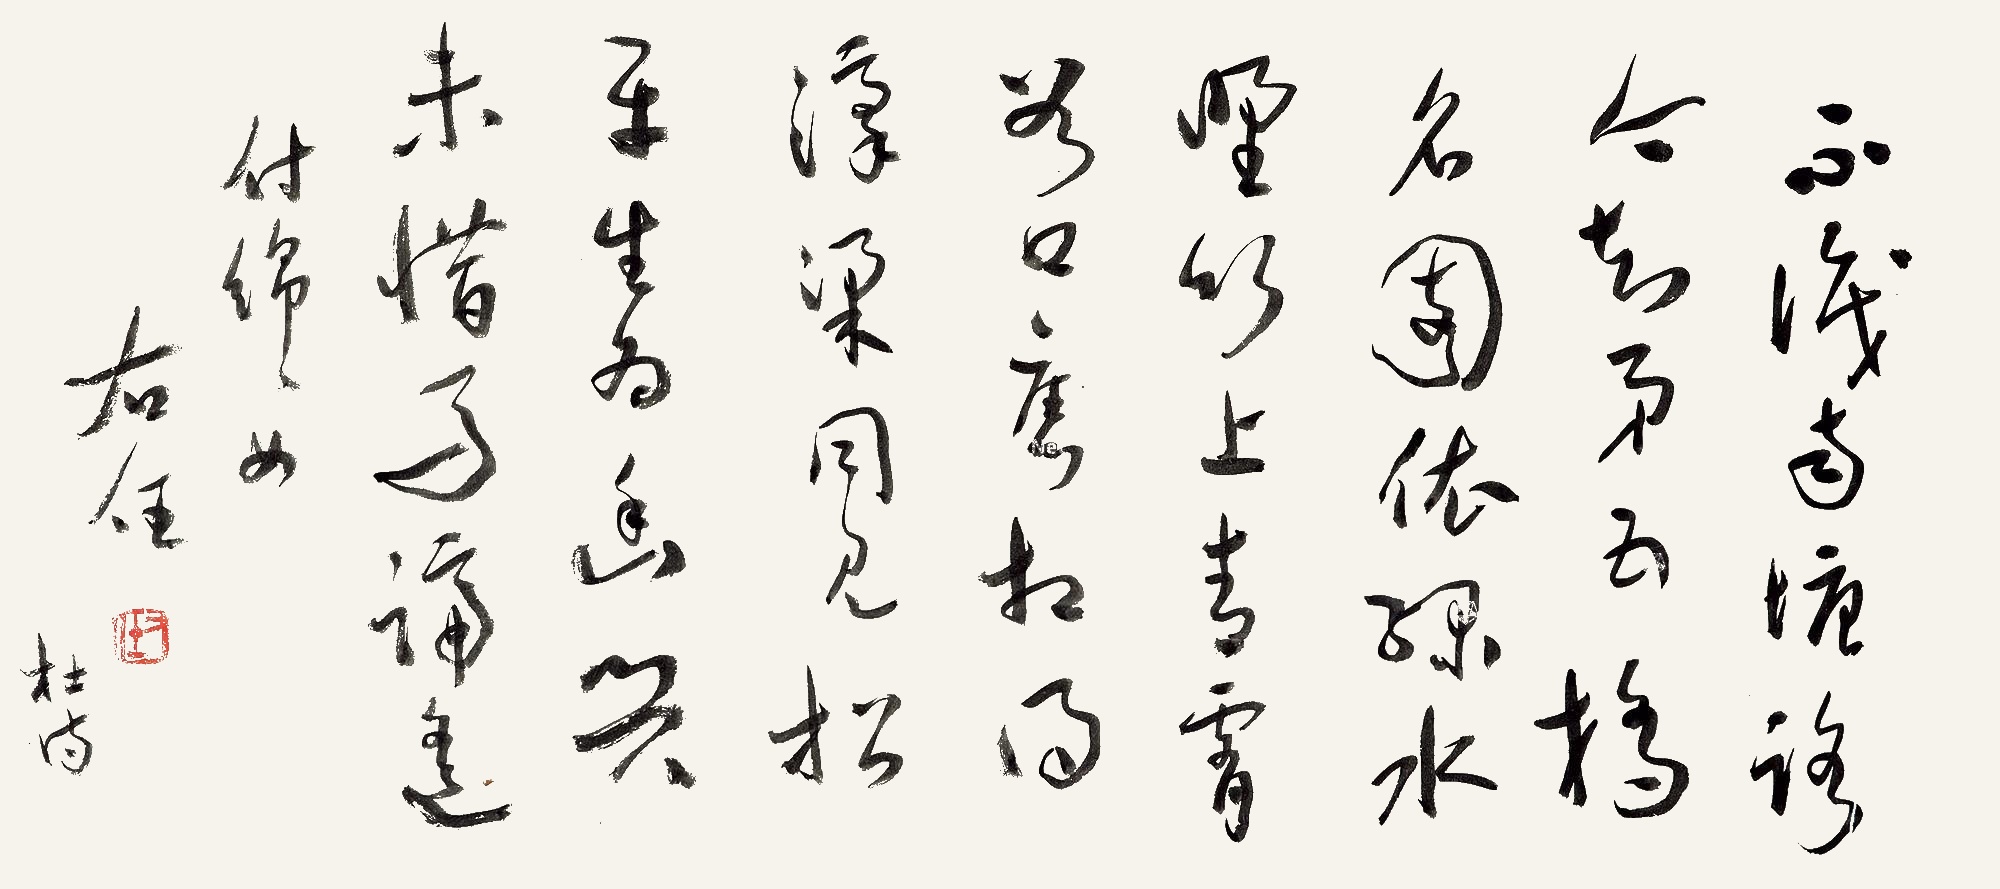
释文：不识南塘路，今知第五桥，名园依绿水，野竹上青霄，谷口旧相得，濠梁同见招，平生为幽兴，未惜马蹄遥。付绵绵女，右任，杜诗。